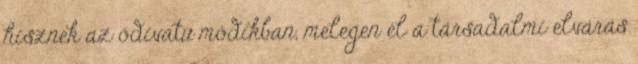
hisznek az ódivatú módikban, melegen él a társadalmi elvárás